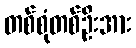
တစ်စုံတစ်ဦးအား